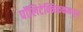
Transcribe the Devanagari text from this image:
पॉलिटेक्निककमधून